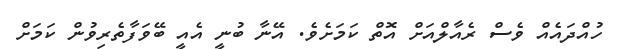
ހުއްދައެއް ވެސް ރެއާލްއަށް އޮތް ކަމަށެވެ. އޭނާ ބުނީ އެއީ ބޭވަފާތެރިވުން ކަމަށް